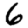
Digit: 6